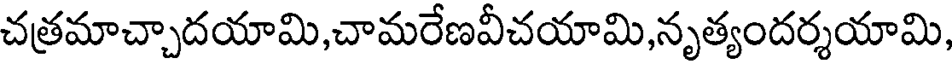
చత్రమాచ్చాదయామి,చామరేణవీచయామి,నృత్యందర్శయామి,